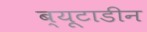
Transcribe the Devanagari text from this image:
ब्यूटाडीन